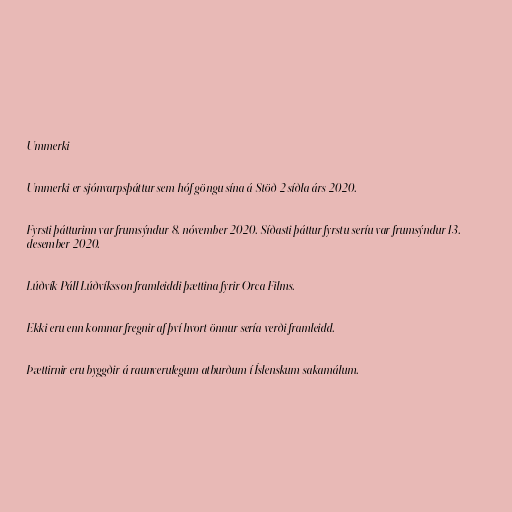
Ummerki

Ummerki er sjónvarpsþáttur sem hóf göngu sína á Stöð 2 síðla árs 2020.

Fyrsti þátturinn var frumsýndur 8. nóvember 2020. Síðasti þáttur fyrstu seríu var frumsýndur 13.
desember 2020.

Lúðvík Páll Lúðvíksson framleiddi þættina fyrir Orca Films.

Ekki eru enn komnar fregnir af því hvort önnur sería verði framleidd.

Þættirnir eru byggðir á raunverulegum atburðum í Íslenskum sakamálum.